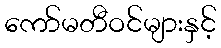
ကော်မတီဝင်များနှင့်